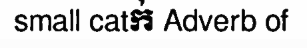
small catក់ Adverb of